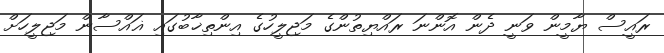
ރައީސް ޔާމީން ވަނީ ދެން އޮންނަ ރައްޔިތުންގެ މަޖިލީހުގެ އިންތިޚާބުގައި ޣައްސާން މަޖިލީހަށް